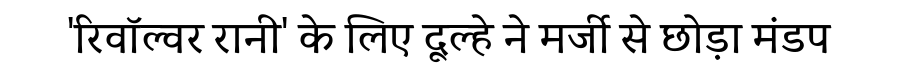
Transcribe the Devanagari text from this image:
'रिवॉल्वर रानी' के लिए दूल्हे ने मर्जी से छोड़ा मंडप